Report on the nature of kala-azar
Disease focus: Kala-Azar
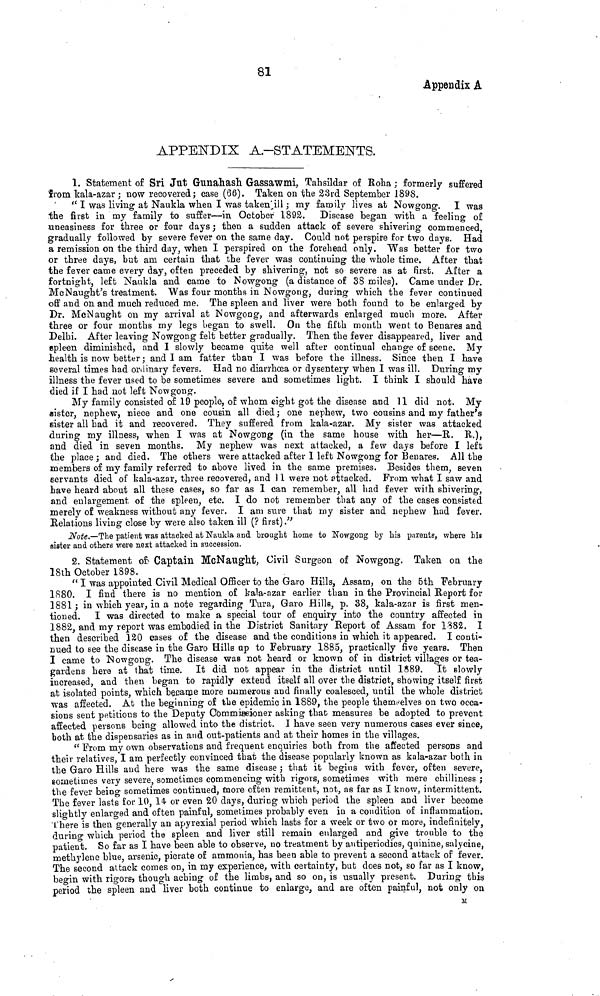
81
appendix A
APPENDIX A.-STATEMENTS.
1. Statement of Sri Jut Gunahash Gassawmi, Tahsildar of Roha ; formerly suffered
from kala-azar ; now recovered ; case (66). Taken on the 23rd September 1898.
"I was living at Naukla when I was taken ill ; my family lives at Now gong. I was
the first in my family to suffer—in October 1892.
Disease began with a feeling of
uneasiness for three or four days; then a sudden attack of severe sniveling commenced,
gradually followed by severe fever on the same day. Could not perspire for two days. Had
a remission on the third day, when I perspired on the forehead only. Was better for two
or three days, but am certain that the fever was continuing the whole time. After that
the fever came every day, often preceded by shivering, not so severe as at first. After a
fortnight, left Naukla and came to Nowgong (a distance of 38 miles). Came under Dr.
McNaught's treatment. Was four months in Nowgong, during which the fever continued
off and on and much reduced me. The spleen and liver were both found to be enlarged by
Dr. McNaught on my arrival at Nowgong, and afterwards enlarged much more. After
three or four months my legs began to swell. On the fifth month went to Benares and
Delhi, After leaving Nowgong felt better gradually. Then the fever disappeared, liver and
spleen diminished, and I slowly became quite well after continual change of scene. My
health is now better; and I am fatter than I was before the illness. Since then I have
several times had ordinary fevers. Had no diarrhœa or dysentery when I was ill. During my
illness the fever used to be sometimes severe and sometimes light. I think I should have
died if I had not left Nowgong.
My family consisted of 19 people, of whom eight got the disease and 11 did not. My
sister, nephew, niece and one cousin all died ; one nephew, two cousins and my father's
sister all had it and recovered. They suffered from kala-azar. My sister was attacked
during my illness, when I was at Nowgong (in the same house with her—R. R.),
and died in seven months. My nephew was next attacked, a few days before I left
the place ; and died. The others were attacked after 1 left Nowgong for Benares. All the
members of my family referred to above lived in the same premises. Besides them, seven
servants died of kala-azar, three recovered, and 11 were not attacked. From what I saw and
have heard about all these cases, so far as I can remember, all had fever with shivering,
and enlargement of the spleen, etc. I do not remember that any of the cases consisted
merely of weakness without any fever. I am sure that my sister and nephew had fever.
Relations living close by were also taken ill (? first)."
Note.—The patient was attacked at Naukla and brought home to Nowgong by his parents, where his
sister and others were next attacked in succession.
2. Statement of Captain McNaught, Civil Surgeon of Nowgong. Taken on the
18th October 1898.
"I was appointed Civil Medical Officer to the Garo Hills, Assam, on the 5th February
1S80. I find there is no mention of kala-azar earlier than in the Provincial Report for
1881; in which year, in a note regarding Tura, Garo Hills, p. 38, kala-azar is first men-
tioned. I was directed to make a special tour of enquiry into the country affected in
1882, and my report was embodied in the District Sanitary Report of Assam for 1382. I
then described 120 cases of the disease and the conditions in which it appeared. I conti-
nued to see the disease in the Garo Hills up to February 1885, practically five years. Then
I came to Nowgong. The disease was not heard or known of in district villages or tea-
gardens here at that time. It did not appear in the district until 1889.
It slowly
increased, and then began to rapidly extend itself all over the district, showing itself first
at isolated points, which became more numerous and finally coalesced, until the whole district
was affected. At the beginning of the epidemic in 1889, the people themselves on two occa-
sions sent petitions to the Deputy Commissioner asking that measures be adopted to prevent
affected persons being allowed into the district. I have seen very numerous cases ever since,
both at the dispensaries as in and out-patients and at their homes in the villages.
"From my own observations and frequent enquiries both from the affected persons and
their relatives, I am perfectly convinced that the disease popularly known as kala-azar both in
the Garo Hills and here was the same disease ; that it begins with fever, often severe,
sometimes very severe, sometimes commencing with rigors, sometimes with mere chilliness ;
the fever being sometimes continued, more often remittent, not, as far as I know, intermittent.
The fever lasts for 10, 14 or even 20 days, during which period the spleen and liver become
slightly enlarged and often painful, sometimes probably even in a condition of inflammation.
There is then generally an apyrexial period which lasts for a week or two or more, indefinitely,
during which period the spleen and liver still remain enlarged and give trouble to the
patient. So far as I have been able to observe, no treatment by antiperiodies, quinine, salycine,
méthylène blue, arsenic, picrate of ammonia, has been able to prevent a second attack of fever.
The second attack comes on, in my experience, with certainty, but does not, so far as I know,
begin with rigors, though aching of the limbs, and so on, is usually present. During this
period the spleen and liver both continue to enlarge, and are often painful, not only on
M